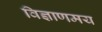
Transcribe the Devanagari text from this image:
विज्ञाणमय